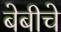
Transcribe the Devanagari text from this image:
बेबीचे